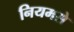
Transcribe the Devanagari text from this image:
नियमसे